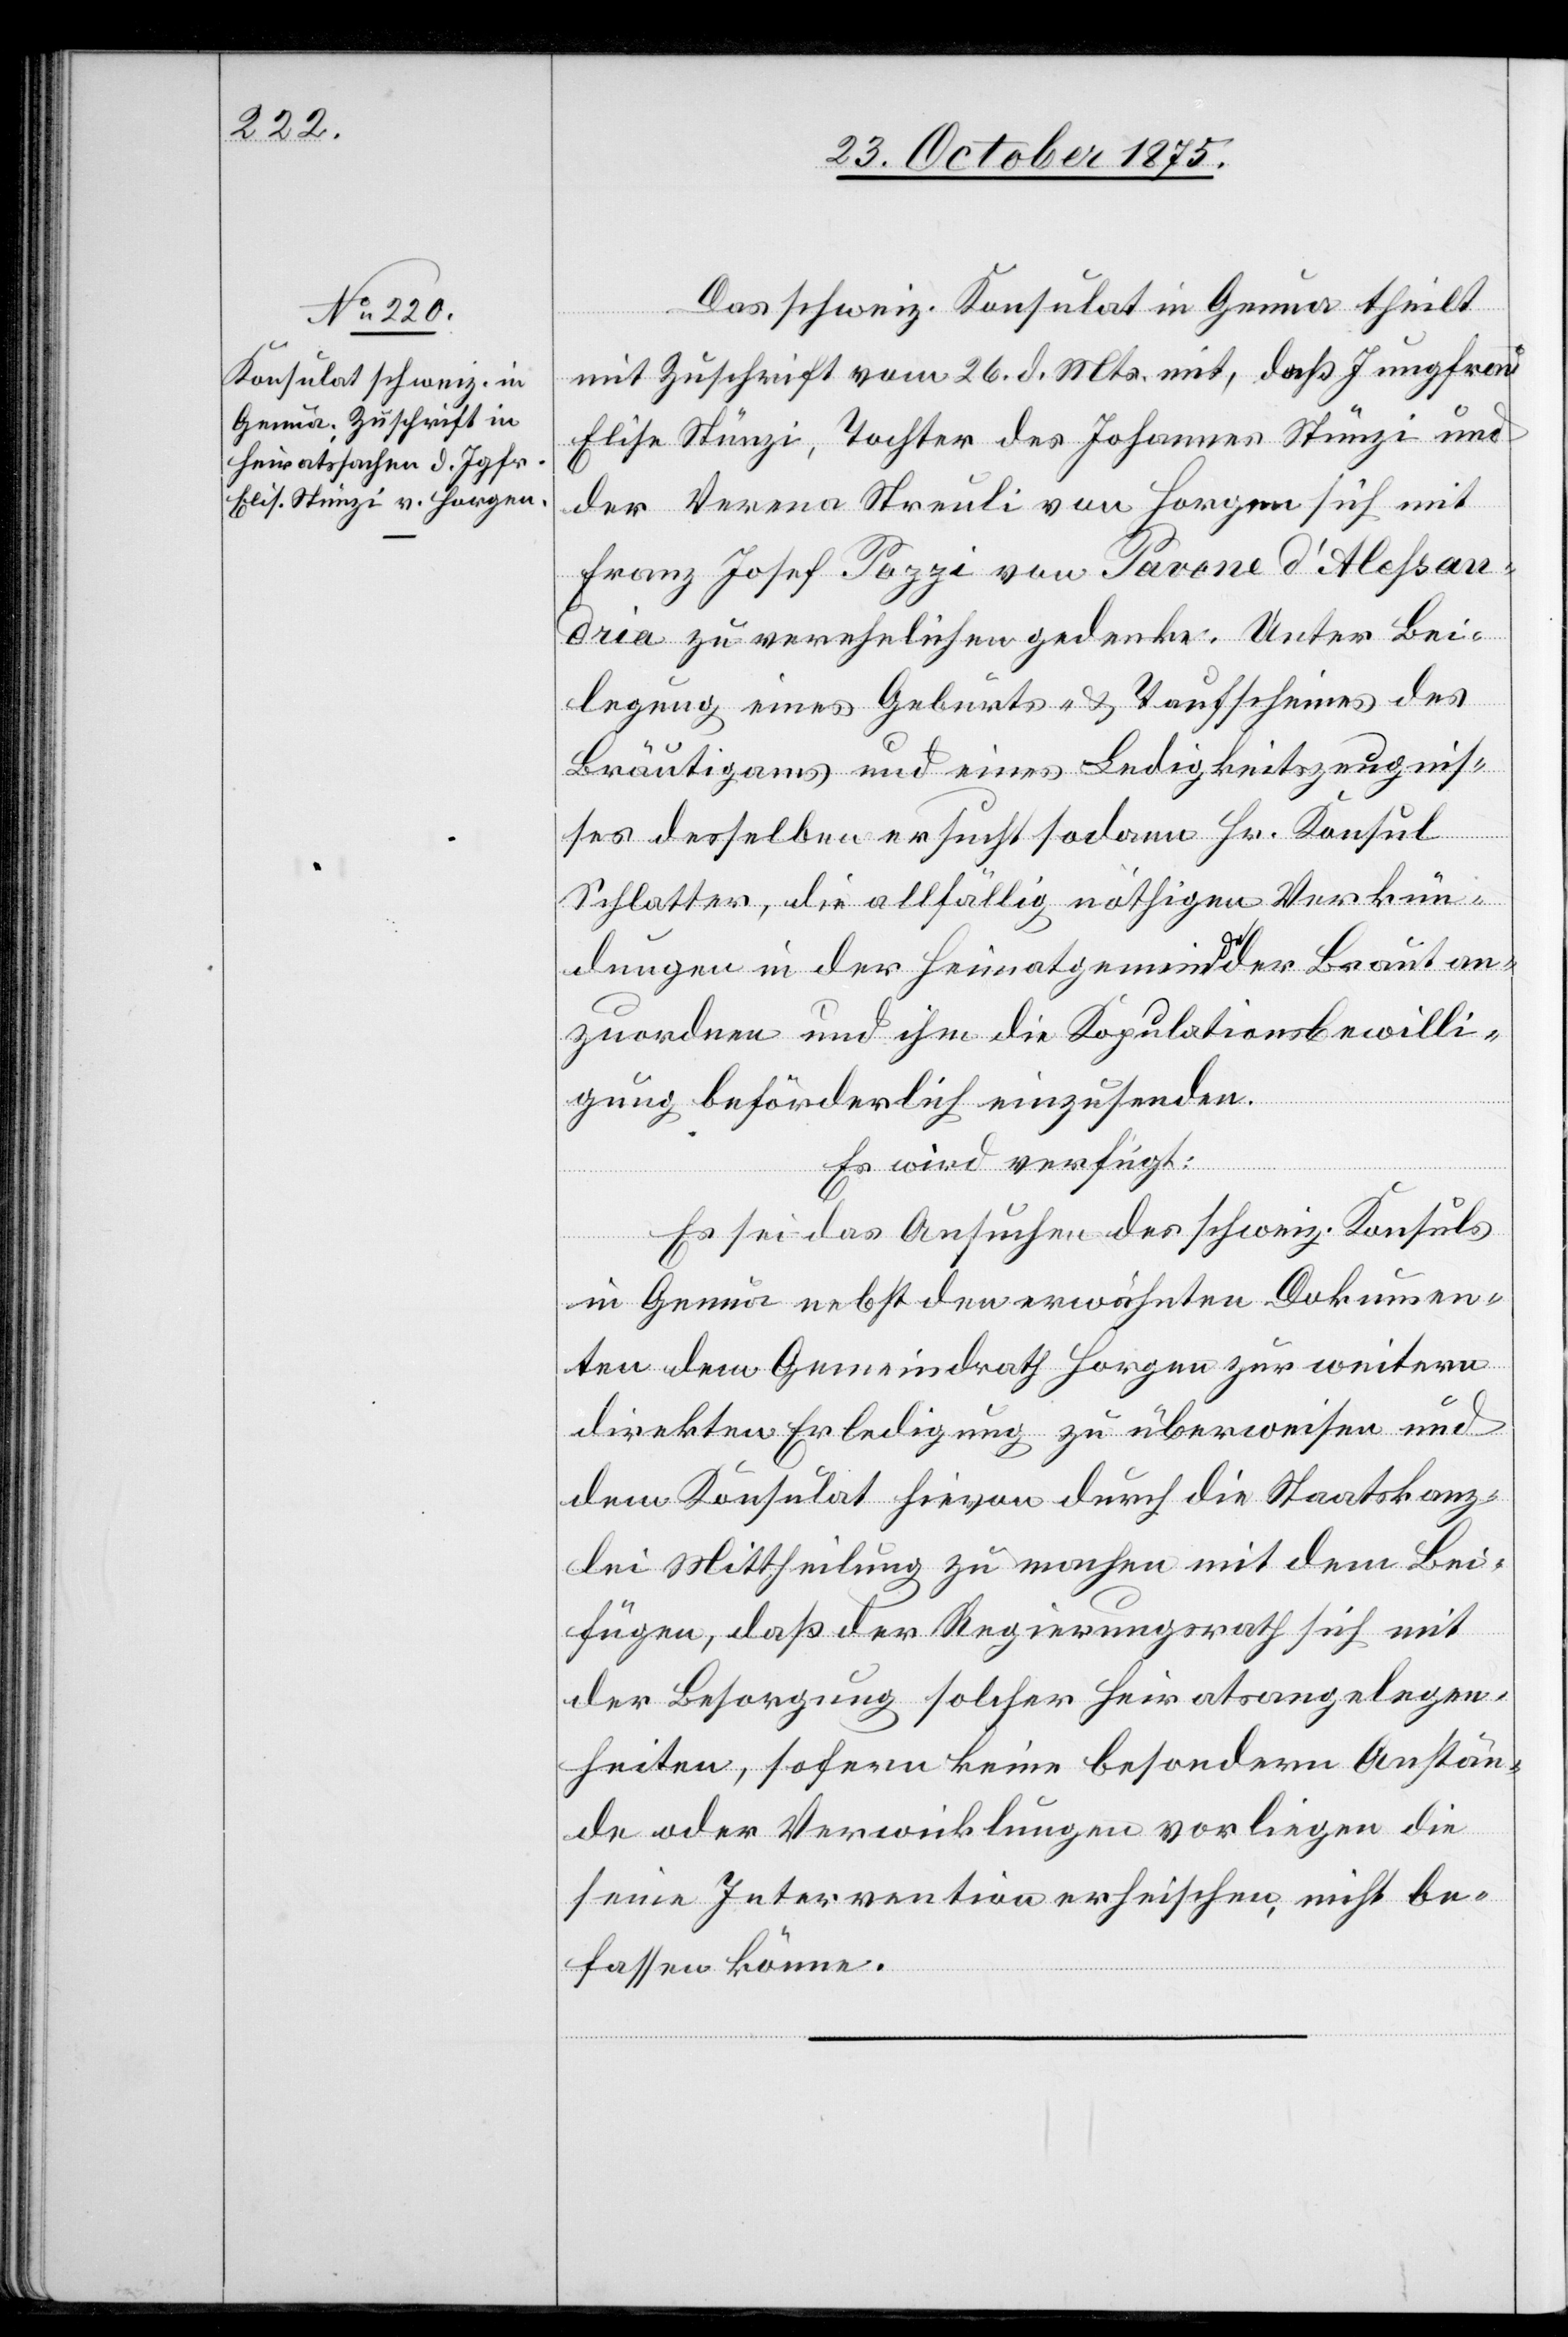
28. October 1875.]
Das schweiz. Konsulat in Genua theilt
mit Zuschrift vom 26. d. Mts. mit, daß Jungfrau
Elise Stünzi, Tochter des Johannes Stünzi und
der Verena Streuli von Horgen sich mit
Franz Josef Pazzi von Pavone d’Aleßan¬
dria zu verehelichen gedenke. Unter Bei¬
legung eines Geburts- & Taufscheines des
Bräutigams und eines Ledigkeitszeugnis¬
ses desselben[,] ersucht sodann Hr. Konsul
Schlatter, die allfällig nöthigen Verkün¬
dungen in der Heimatgemeinde der Braut an¬
zuordnen und ihm die Kopulationsbewilli¬
gung beförderlich einzusenden.
Es wird verfügt:
Es sei das Ansuchen des schweiz. Konsuls
in Genua nebst den erwähnten Dokumen¬
ten dem Gemeindrath Horgen zur weitern
direkten Erledigung zu überweisen und
dem Konsulat hievon durch die Staatskanz¬
lei Mittheilung zu machen mit dem Bei¬
fügen, daß der Regierungsrath sich mit
der Besorgung solcher Heiratsangelegen¬
heiten, sofern keine besondern Anstän¬
de oder Verwicklungen vorliegen[,] die
seine Intervention erheischen, nicht be¬
fassen könne.